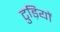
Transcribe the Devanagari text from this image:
टुड़ियों